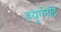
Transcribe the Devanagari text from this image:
हयूगेनॉट